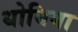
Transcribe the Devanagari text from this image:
धोबिया